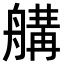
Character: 𦩷